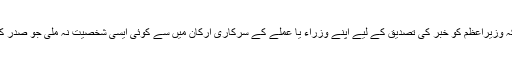
واقعات بالکل اسی طرح رونما ہوئے، حیرت البتہ یہ ہوتی ہے کہ وزیراعظم کو خبر کی تصدیق کے لیے اپنے وزراء یا عملے کے سرکاری ارکان میں سے کوئی ایسی شخصیت نہ ملی جو صدر کے پاس جا کر معلومات لے سکتی یا خبر کی تصدیق کر سکتی۔